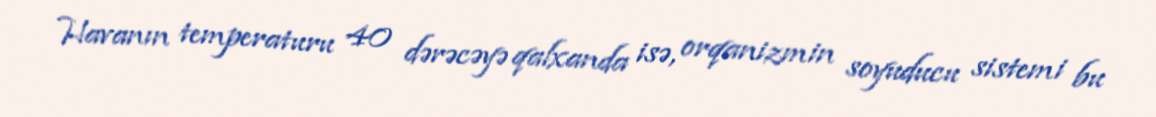
Havanın temperaturu 40 dərəcəyə qalxanda isə, orqanizmin soyuducu sistemi bu